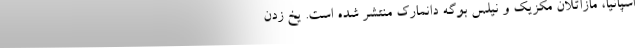
اسپانیا، مازاتلان مکزیک و نیلس بوگه دانمارک منتشر شده است. یخ زدن